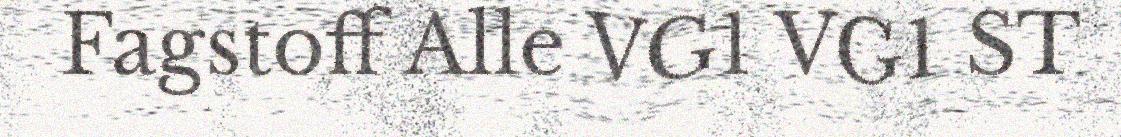
Fagstoff Alle VG1 VG1 ST